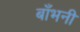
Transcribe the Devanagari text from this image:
बाँभनी